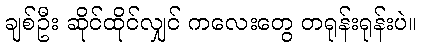
ချစ်ဦး ဆိုင်ထိုင်လျှင် ကလေးတွေ တရုန်းရုန်းပဲ။